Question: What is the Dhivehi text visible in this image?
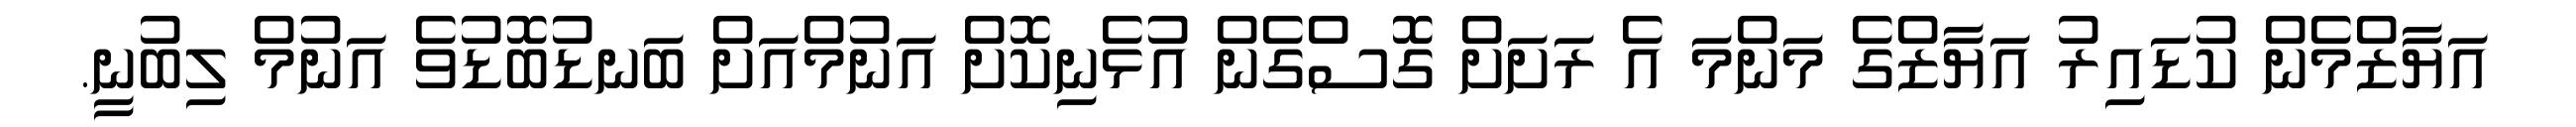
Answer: އަޔާޒްމެން ކުޑައިރު އަޔާޒްގެ މަންމަ އެ ރަށަށް ގޮސްގެން އުޅެނިކޮށް އަނުމްއަށް ބަނޑުބޮޑުވެ އަނުމް ލިބުނީ.